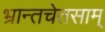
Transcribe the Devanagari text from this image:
भ्रान्तचेतसाम्